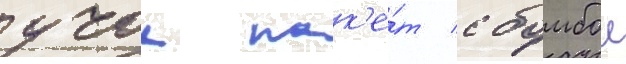
учок пак'е́т с бомбои